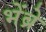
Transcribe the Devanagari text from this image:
भेंब्रे